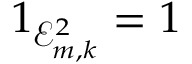
{ 1 } _ { { \mathcal E } _ { m , k } ^ { 2 } } = 1